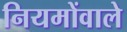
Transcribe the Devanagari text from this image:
नियमोंवाले